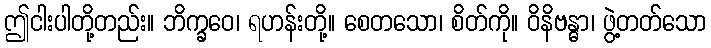
ဤငါးပါတို့တည်း။ ဘိက္ခဝေ၊ ရဟန်းတို့။ စေတသော၊ စိတ်ကို။ ဝိနိဗန္ဓာ၊ ဖွဲ့တတ်သော